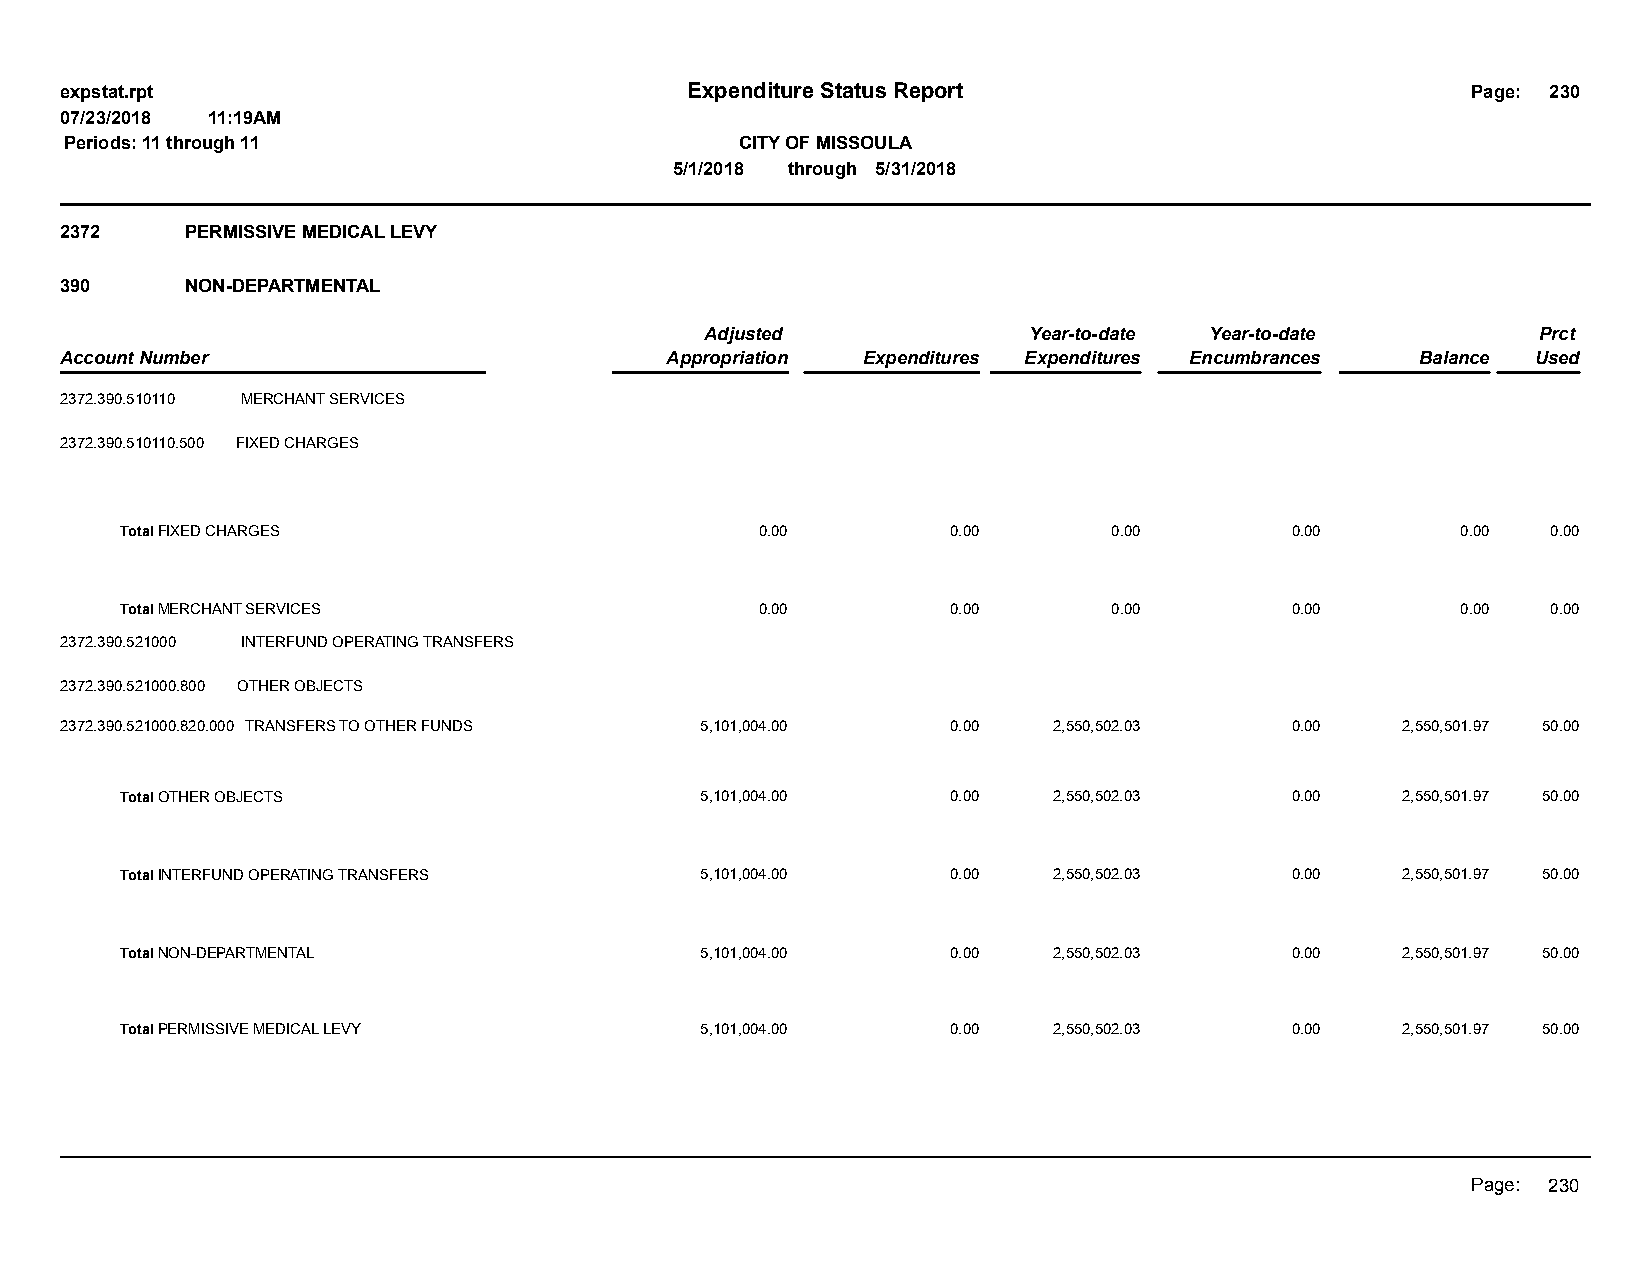
expstat.rpt                              Expenditure Status Report                           Page: 230
 07/23/2018 11:19AM
 Periods: 11 through 11                       CITY OF MISSOULA
 5/1/2018 through 5/31/2018
 2372    PERMISSIVE MEDICAL LEVY
 390     NON-DEPARTMENTAL
 Adjusted             Year-to-date Year-to-date         Prct
 Account Number                          Appropriation Expenditures Expenditures Encumbrances Balance Used
 2372.390.510110 MERCHANT SERVICES
 2372.390.510110.500 FIXED CHARGES
 Total FIXED CHARGES                       0.00         0.00       0.00       0.00        0.00  0.00
 Total MERCHANT SERVICES                   0.00         0.00       0.00       0.00        0.00  0.00
 2372.390.521000 INTERFUND OPERATING TRANSFERS
 2372.390.521000.800 OTHER OBJECTS
 2372.390.521000.820.000 TRANSFERS TO OTHER FUNDS 5,101,004.00 0.00 2,550,502.03  0.00    2,550,501.97 50.00
 Total OTHER OBJECTS                   5,101,004.00     0.00   2,550,502.03   0.00    2,550,501.97 50.00
 Total INTERFUND OPERATING TRANSFERS   5,101,004.00     0.00   2,550,502.03   0.00    2,550,501.97 50.00
 Total NON-DEPARTMENTAL                5,101,004.00     0.00   2,550,502.03   0.00    2,550,501.97 50.00
 Total PERMISSIVE MEDICAL LEVY         5,101,004.00     0.00   2,550,502.03   0.00    2,550,501.97 50.00
 Page: 230